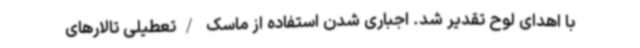
با اهدای لوح تقدیر شد. اجباری شدن استفاده از ماسک /تعطیلی تالارهای